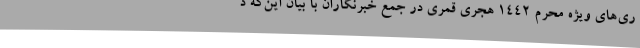
ری‌های ویژه محرم 1442 هجری قمری در جمع خبرنگاران با بیان این‌که د